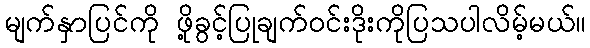
မျက်နှာပြင်ကို ဖို့ခွင့်ပြုချက်ဝင်းဒိုးကိုပြသပါလိမ့်မယ်။